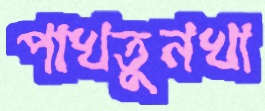
পাখতুনখা